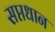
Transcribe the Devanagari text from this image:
सप्तधान